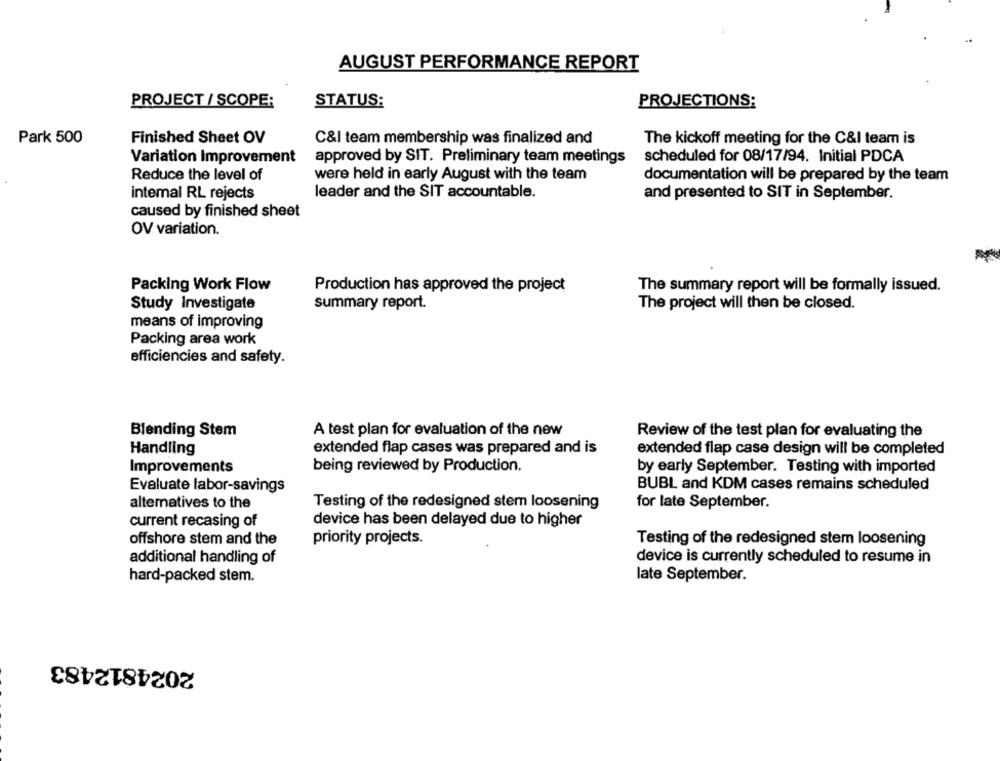
AUGUST PERFORMANCE REPORT
PROJECT / SCOPE:
STATUS:
PROJECTIONS:
Park 500
Finished Sheet OV
C&I team membership was finalized and
The kickoff meeting for the C&I team is
Variation Improvement
approved by SIT. Preliminary team meetings
scheduled for 08/17/94. Initial PDCA
Reduce the level of
were held in early August with the team
documentation will be prepared by the team
intemal RL rejects
leader and the SIT accountable.
and presented to SIT in September.
caused by finished sheet
OV variation.
Packing Work Flow
Production has approved the project
The summary report will be formally issued.
Study Investigate
summary report.
The project will then be closed.
means of improving
Packing area work
efficiencies and safety.
Blending Stem
A test plan for evaluation of the new
Review of the test plan for evaluating the
extended flap cases was prepared and is
Handling
extended flap case design will be completed
Improvements
being reviewed by Production.
by early September. Testing with imported
Evaluate labor-savings
BUBL and KDM cases remains scheduled
alternatives to the
Testing of the redesigned stem loosening
for late September.
current recasing of
device has been delayed due to higher
offshore stem and the
priority projects.
Testing of the redesigned stem loosening
additional handling of
device is currently scheduled to resume in
hard-packed stem.
late September.
2024812483